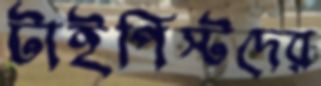
টাইপিস্টদের